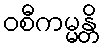
ဝစီကမ္မန္တိ